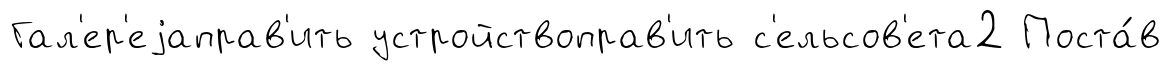
Гал'ер'еjаправ'ить устройствоправ'ить с'ельсов'ета2 Поста́в